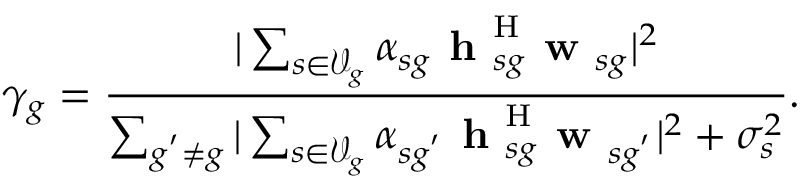
\gamma _ { g } = \frac { | \sum _ { s \in \mathcal { V } _ { g } } \alpha _ { s g } \textbf { h } _ { s g } ^ { \mathrm { H } } \textbf { w } _ { s g } | ^ { 2 } } { \sum _ { g ^ { ' } \not = g } | \sum _ { s \in \mathcal { V } _ { g } } \alpha _ { s g ^ { ' } } \textbf { h } _ { s g } ^ { \mathrm { H } } \textbf { w } _ { s g ^ { ' } } | ^ { 2 } + \sigma _ { s } ^ { 2 } } .